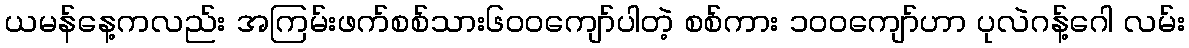
ယမန်နေ့ကလည်း အကြမ်းဖက်စစ်သား၆၀၀ကျော်ပါတဲ့ စစ်ကား ၁၀၀ကျော်ဟာ ပုလဲဂန့်ဂေါ လမ်း